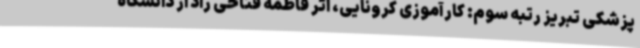
پزشکی تبریز رتبه سوم: کارآموزی کرونایی، اثر فاطمه فتاحی راد از دانشگاه